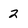
Character: 2